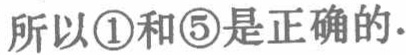
所以\textcircled{1}和\textcircled{5}是正确的.